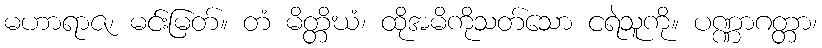
မဟာရာဇ၊ မင်းမြတ်။ တံ မိတ္တိဃံ၊ ထိုအမိကိုသတ်သော ငရဲသူကို။ ပဏ္ဏာဂတ္တာ၊